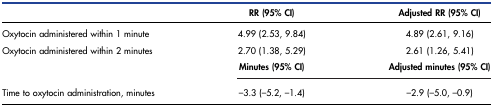
|  | RR (95% CI) | Adjusted RR (95% CI) |
 | --- | --- | --- |
 | Oxytocin administered within 1 minute | 4.99 (2.53, 9.84) | 4.89 (2.61, 9.16) |
 | Oxytocin administered within 2 minutes | 2.70 (1.38, 5.29) | 2.61 (1.26, 5.41) |
 |  | Minutes (95% CI) | Adjusted minutes (95% CI) |
 | Time to oxytocin administration, minutes | –3.3 (–5.2, –1.4) | –2.9 (–5.0, –0.9) |